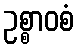
ဥစ္စာဝစံ